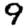
Digit: 9